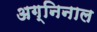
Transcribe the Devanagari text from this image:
अग्निनाल